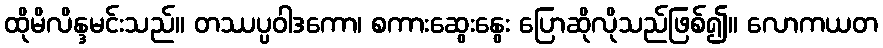
ထိုမိလိန္ဒမင်းသည်။ တဿပ္ပဝါဒကော၊ စကားဆွေးနွေး ပြောဆိုလိုသည်ဖြစ်၍။ လောကယတ